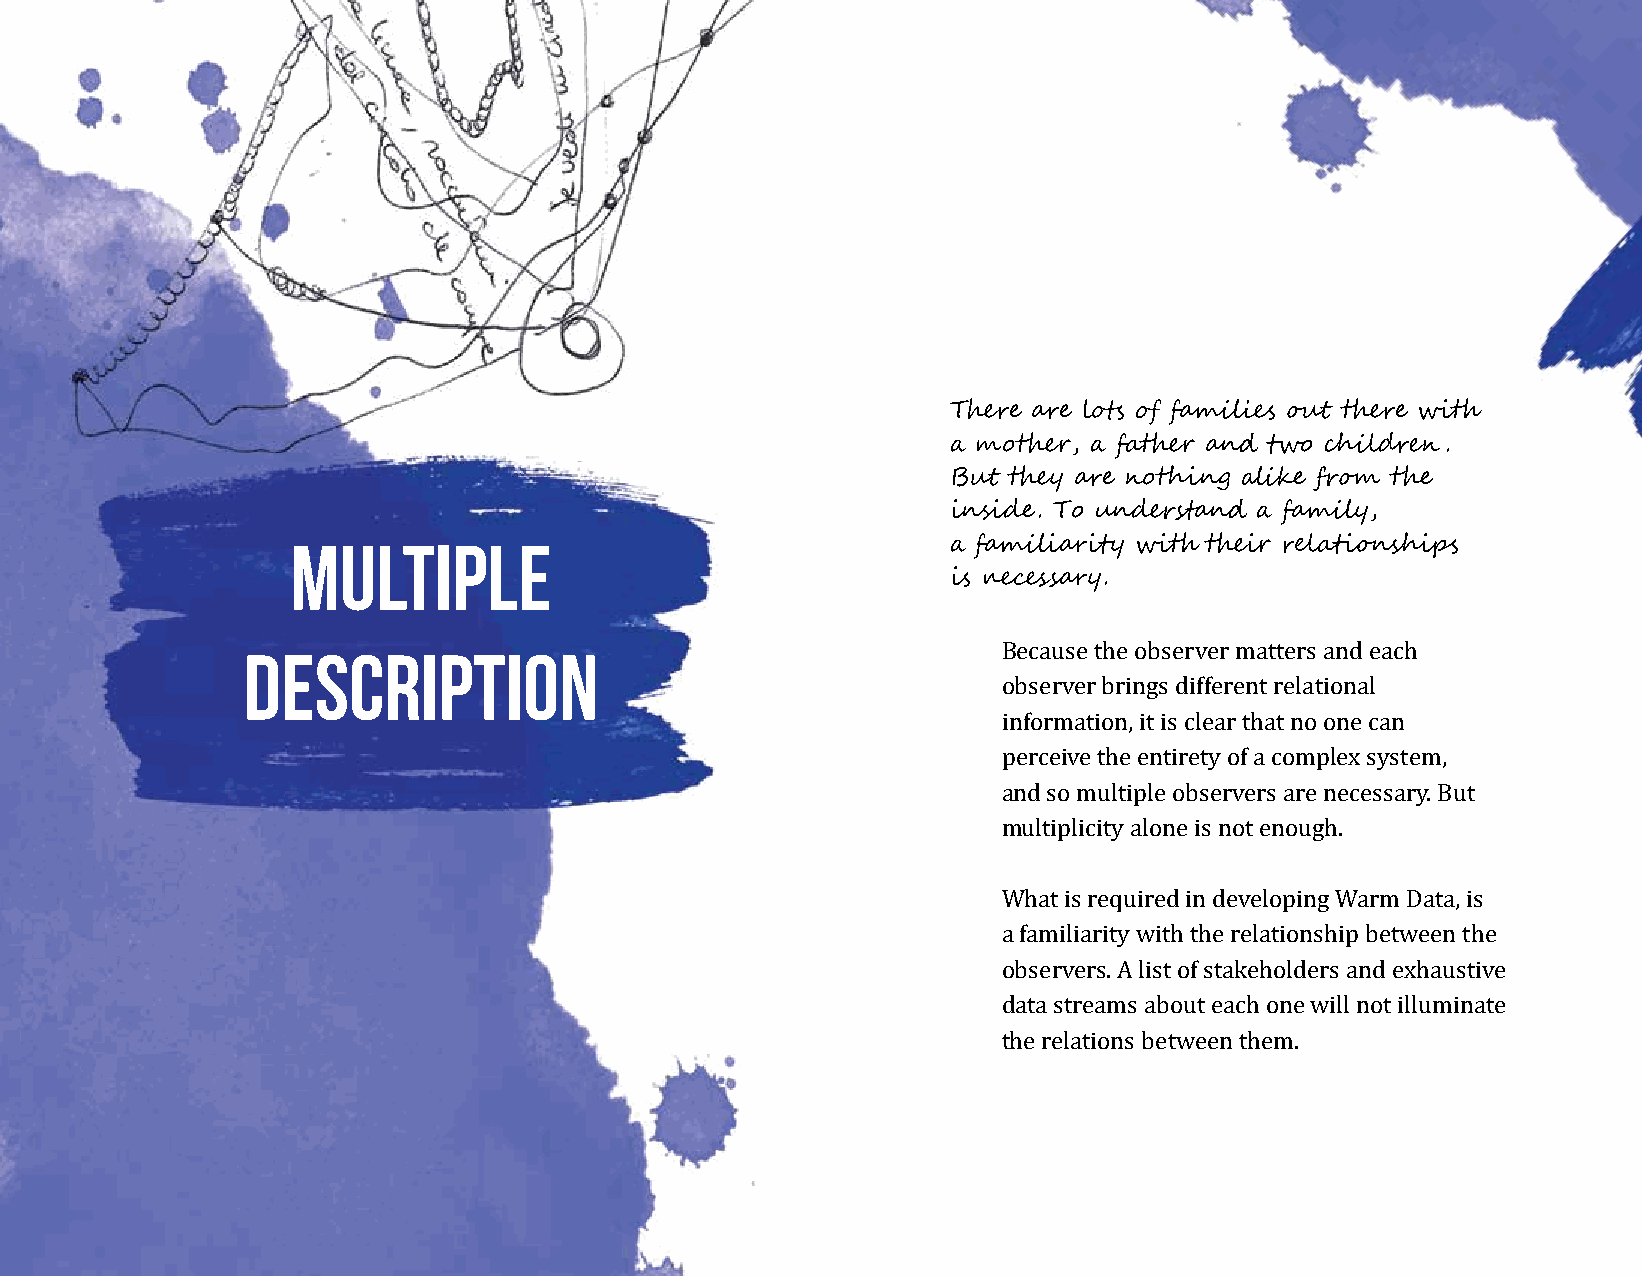
There are lots of families out there with
 a mother, a father and two children.
 But they are nothing alike from the
 inside. To understand a family,
 Multiple                                    a familiarity with their relationships
 is necessary.
 Description
 Because the observer matters and each
 observer brings different relational
 information, it is clear that no one can
 perceive the entirety of a complex system,
 and so multiple observers are necessary. But
 multiplicity alone is not enough.
 What is required in developing Warm Data, is
 a familiarity with the relationship between the
 observers. A list of stakeholders and exhaustive
 data streams about each one will not illuminate
 the relations between them.